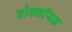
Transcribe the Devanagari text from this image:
वोक्वॉयड